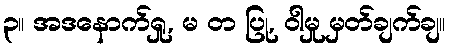
၃။ အဒနောက်ရှု, မ တ ပြု, ဝါမှု မှတ်ချက်ချ။